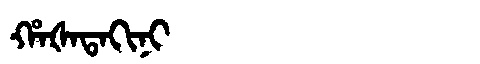
Manchu: ᡥᠠᡧᠠᡨᠠᡴᡳᠨᡳ
Romanization: HAŠATAKINI